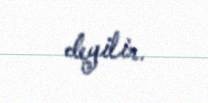
deyilir.